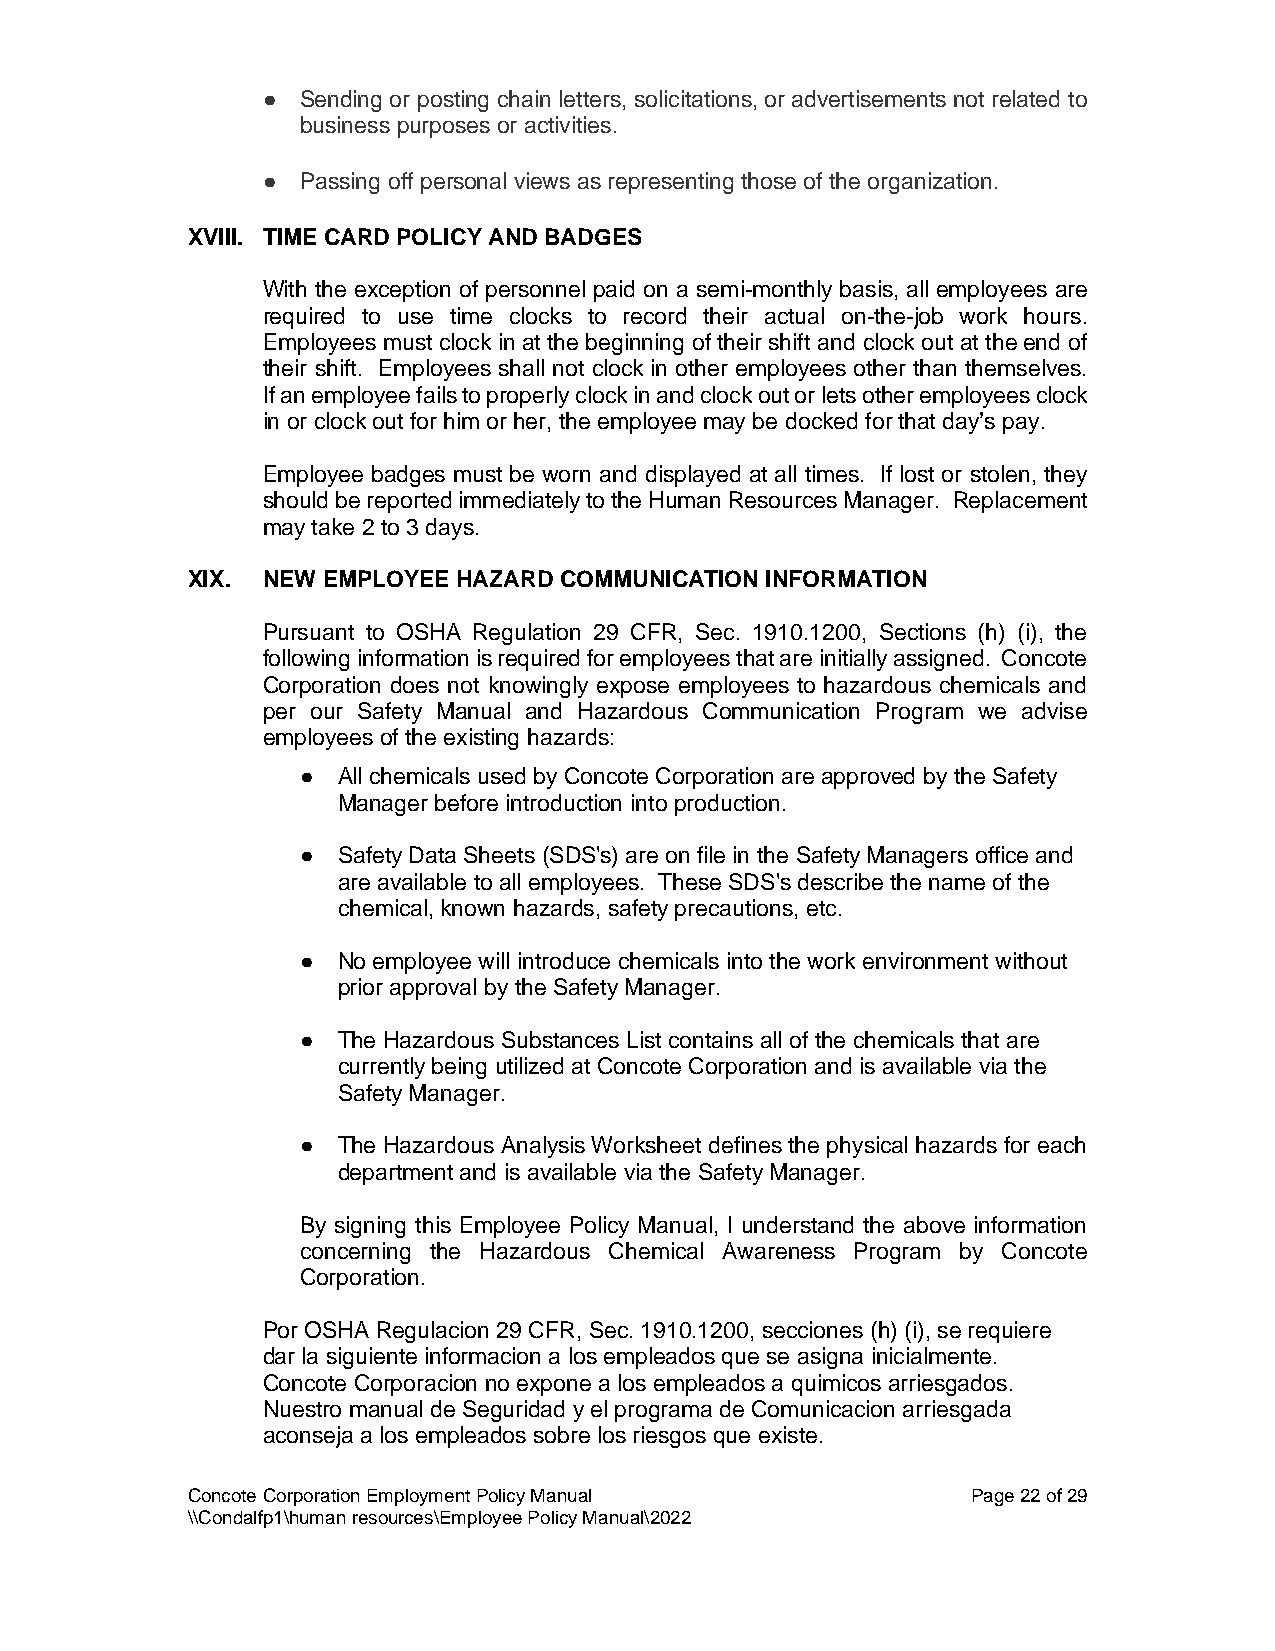
●  Sending or posting chain letters, solicitations, or advertisements not related to
 business purposes or activities.
 ●  Passing off personal views as representing those of the organization.
 XVIII. TIME CARD POLICY AND BADGES
 With the exception of personnel paid on a semi-monthly basis, all employees are
 required to use time clocks to record their actual on-the-job work hours.
 Employees must clock in at the beginning of their shift and clock out at the end of
 their shift. Employees shall not clock in other employees other than themselves.
 If an employee fails to properly clock in and clock out or lets other employees clock
 in or clock out for him or her, the employee may be docked for that day’s pay.
 Employee badges must be worn and displayed at all times. If lost or stolen, they
 should be reported immediately to the Human Resources Manager. Replacement
 may take 2 to 3 days.
 XIX. NEW EMPLOYEE HAZARD COMMUNICATION INFORMATION
 Pursuant to OSHA Regulation 29 CFR, Sec. 1910.1200, Sections (h) (i), the
 following information is required for employees that are initially assigned. Concote
 Corporation does not knowingly expose employees to hazardous chemicals and
 per our Safety Manual and Hazardous Communication Program we advise
 employees of the existing hazards:
 ● All chemicals used by Concote Corporation are approved by the Safety
 Manager before introduction into production.
 ● Safety Data Sheets (SDS's) are on file in the Safety Managers office and
 are available to all employees. These SDS's describe the name of the
 chemical, known hazards, safety precautions, etc.
 ● No employee will introduce chemicals into the work environment without
 prior approval by the Safety Manager.
 ● The Hazardous Substances List contains all of the chemicals that are
 currently being utilized at Concote Corporation and is available via the
 Safety Manager.
 ● The Hazardous Analysis Worksheet defines the physical hazards for each
 department and is available via the Safety Manager.
 By signing this Employee Policy Manual, I understand the above information
 concerning the Hazardous Chemical Awareness Program by Concote
 Corporation.
 Por OSHA Regulacion 29 CFR, Sec. 1910.1200, secciones (h) (i), se requiere
 dar la siguiente informacion a los empleados que se asigna inicialmente.
 Concote Corporacion no expone a los empleados a quimicos arriesgados.
 Nuestro manual de Seguridad y el programa de Comunicacion arriesgada
 aconseja a los empleados sobre los riesgos que existe.
 Concote Corporation Employment Policy Manual        Page 22 of 29
 \\Condalfp1\human resources\Employee Policy Manual\2022